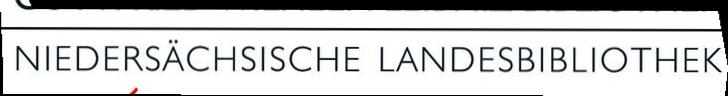
NIEDERSÄCHSISCHE LANDESBIBLIOTHEK